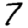
Digit: 7